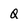
Character: Q